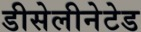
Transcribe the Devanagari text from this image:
डीसेलीनेटेड